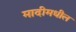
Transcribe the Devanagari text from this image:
मादीमधील